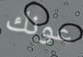
عونك